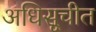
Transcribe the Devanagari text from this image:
अधिसूचीत